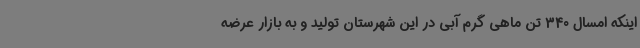
اینکه امسال 340 تن ماهی گرم آبی در این شهرستان تولید و به بازار عرضه